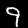
Digit: 9